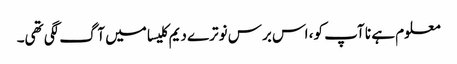
معلوم ہے نا آپ کو، اس برس نوترے دیم کلیسا میں آگ لگی تھی۔